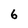
Character: 6